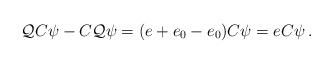
LaTeX: \begin{align*}\mathcal{Q} C \psi - C \mathcal{Q} \psi = (e+e_0-e_0) C \psi = e C \psi \, .\end{align*}